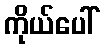
ကိုယ်ပေါ်